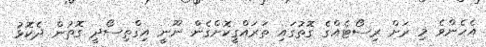
އެހެންވެ މި ރަށް ރިސޯޓެއްގެ ގޮތުގައި ތަރައްގީކޮށްގެން ނޫނީ އިގްތިސޯދީ ގޮތުން ދެކޮޅު